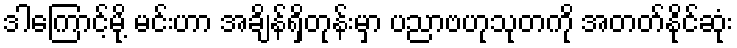
ဒါကြောင့်မို့ မင်းဟာ အချိန်ရှိတုန်းမှာ ပညာဗဟုသုတကို အတတ်နိုင်ဆုံး